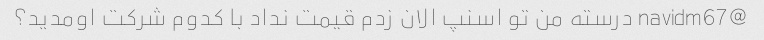
@navidm67 درسته من تو اسنپ الان زدم قیمت نداد با کدوم شرکت اومدید؟